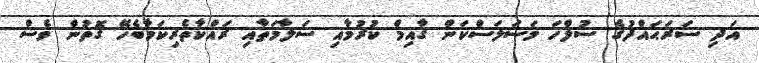
އަދި ސަރަޙައްދުގެ ސުލްހަ މަސަލަސްކަން ޤާއިމް ކުރުމާއި ސަލާމަތާއި ރައްކާތެރިކަމާބެހޭ ގޮތުން ވެސް